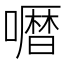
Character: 𱕅